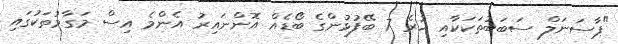
"ޕާސަނަލް ސަބަބުތަކަކާއި ހުރެ 7 ބޭފުޅުންގެ ބޯޑެއް އޮންނައިރު އެންމެ އިސް މަގާމުތަކުގައި